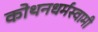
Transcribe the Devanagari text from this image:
कोथनधर्मस्वामी